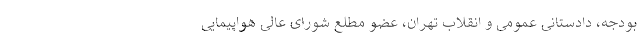
بودجه، دادستانی عمومی و انقلاب تهران، عضو مطلع شورای عالی هواپیمایی